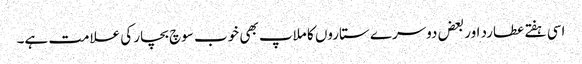
اسی ہفتے عطارد اور بعض دوسرے ستاروں کا ملاپ بھی خوب سوچ بچار کی علامت ہے۔